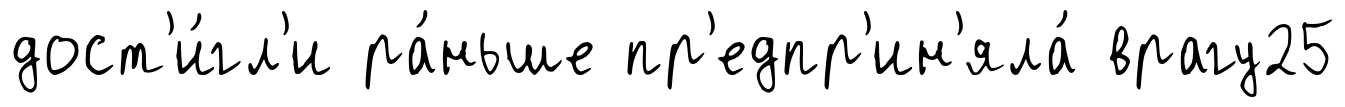
дост'и́гл'и ра́ньше пр'едпр'ин'яла́ врагу25